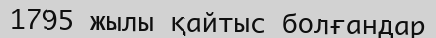
1795 жылы қайтыс болғандар